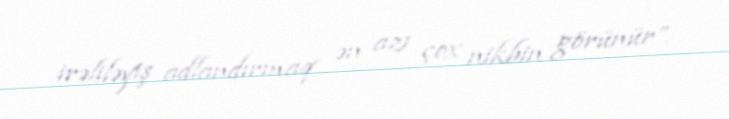
irəliləyiş adlandırmaq ən azı çox nikbin görünür”.